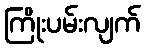
ကြိုးပမ်းလျက်